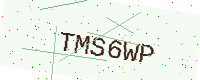
Text: TMS6WP